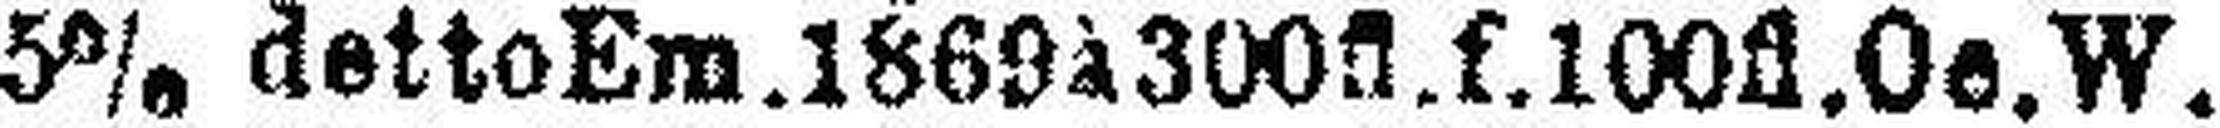
5% detto Em. 1869 à 300fl.f.100fl. Oe. W.